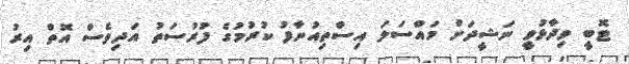
ޓޮބީ ވިދާޅުވީ ނަޝީދަށް މައްސަލަ އިސްތިއުނާފު ކުރުމުގެ ފުރުސަތު އަދިވެސް އޮތް އިރު